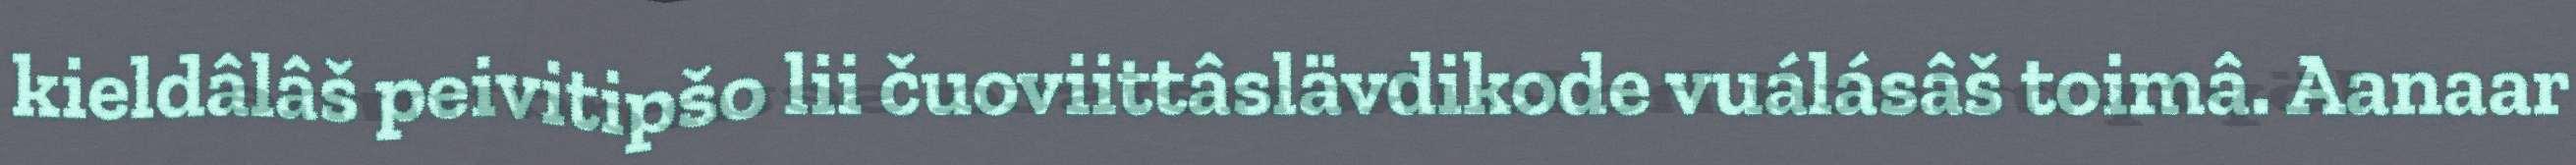
kieldâlâš peivitipšo lii čuoviittâslävdikode vuálásâš toimâ. Aanaar